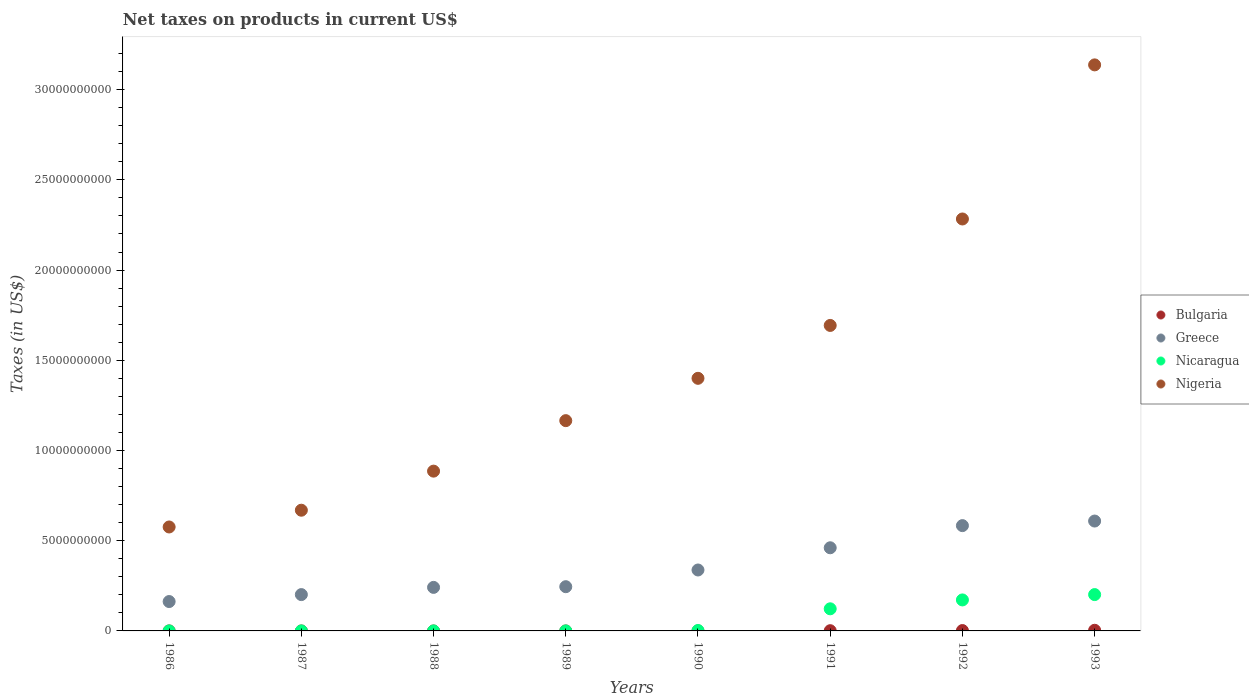
| Years | Bulgaria | Greece | Nicaragua | Nigeria |
 | --- | --- | --- | --- | --- |
 | 1986 | 5.85e+05 | 1.63e+09 | 19 | 5.76e+09 |
 | 1987 | -1.21e+06 | 2.01e+09 | 99.4 | 6.69e+09 |
 | 1988 | -1.88e+06 | 2.41e+09 | 5.34e+03 | 8.86e+09 |
 | 1989 | -1.22e+06 | 2.45e+09 | 4.98e+05 | 1.17e+10 |
 | 1990 | -1.92e+06 | 3.38e+09 | 2.35e+07 | 1.4e+10 |
 | 1991 | 1.24e+07 | 4.61e+09 | 1.23e+09 | 1.69e+10 |
 | 1992 | 2.05e+07 | 5.84e+09 | 1.72e+09 | 2.28e+10 |
 | 1993 | 3.62e+07 | 6.09e+09 | 2.01e+09 | 3.14e+10 |